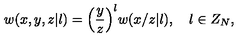
w ( x , y , z | l ) = { \Bigl ( } { \frac { y } { z } } { \Bigr ) } ^ { l } w ( x / z | l ) , \quad l \in Z _ { N } ,